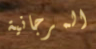
المرجانية